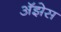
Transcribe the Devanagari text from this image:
अॅझेस